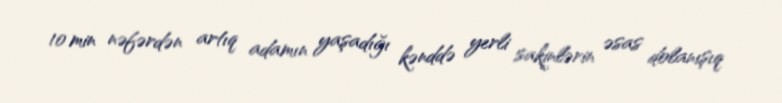
10 min nəfərdən artıq adamın yaşadığı kənddə yerli sakinlərin əsas dolanışıq